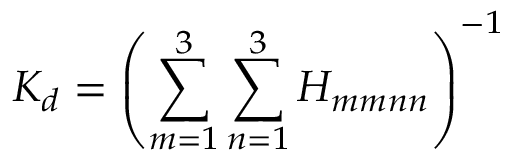
K _ { d } = \left( \sum _ { m = 1 } ^ { 3 } \sum _ { n = 1 } ^ { 3 } H _ { m m n n } \right) ^ { - 1 }